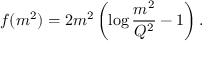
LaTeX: f ( m ^ { 2 } ) = 2 m ^ { 2 } \left( \log \frac { m ^ { 2 } } { Q ^ { 2 } } - 1 \right) .